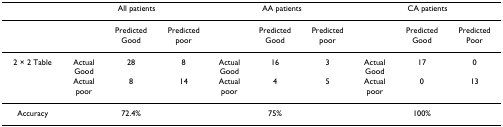
<table><thead><tr><td></td><td colspan="3"><b>All patients</b></td><td colspan="3"><b>AA patients</b></td><td colspan="3"><b>CA patients</b></td></tr></thead><tbody><tr><td></td><td></td><td>Predicted Good</td><td>Predicted poor</td><td></td><td>Predicted Good</td><td>Predicted poor</td><td></td><td>Predicted Good</td><td>Predicted Poor</td></tr><tr><td>2 × 2 Table</td><td>Actual Good</td><td>28</td><td>8</td><td>Actual Good</td><td>16</td><td>3</td><td>Actual Good</td><td>17</td><td>0</td></tr><tr><td></td><td>Actual poor</td><td>8</td><td>14</td><td>Actual poor</td><td>4</td><td>5</td><td>Actual poor</td><td>0</td><td>13</td></tr><tr><td>Accuracy</td><td></td><td>72.4%</td><td></td><td></td><td>75%</td><td></td><td></td><td>100%</td><td></td></tr></tbody></table>